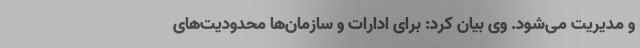
و مدیریت می‌شود. وی بیان کرد: برای ادارات و سازمان‌ها محدودیت‌های